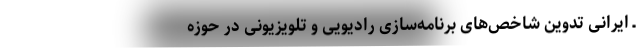
ـ ایرانی تدوین شاخص­‌های برنامه‌سازی رادیویی و تلویزیونی در حوزه­